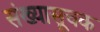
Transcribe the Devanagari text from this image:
संख्यासूचक